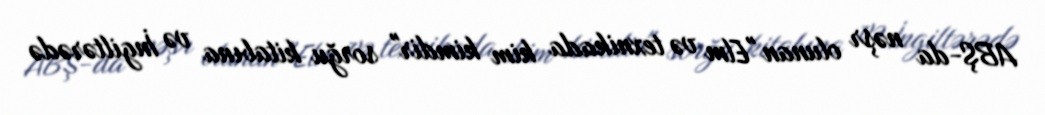
ABŞ-da nəşr olunan "Elm və texnikada kim kimdir" sorğu kitabına və İngiltərədə